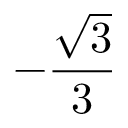
- { \frac { \sqrt { 3 } } { 3 } }